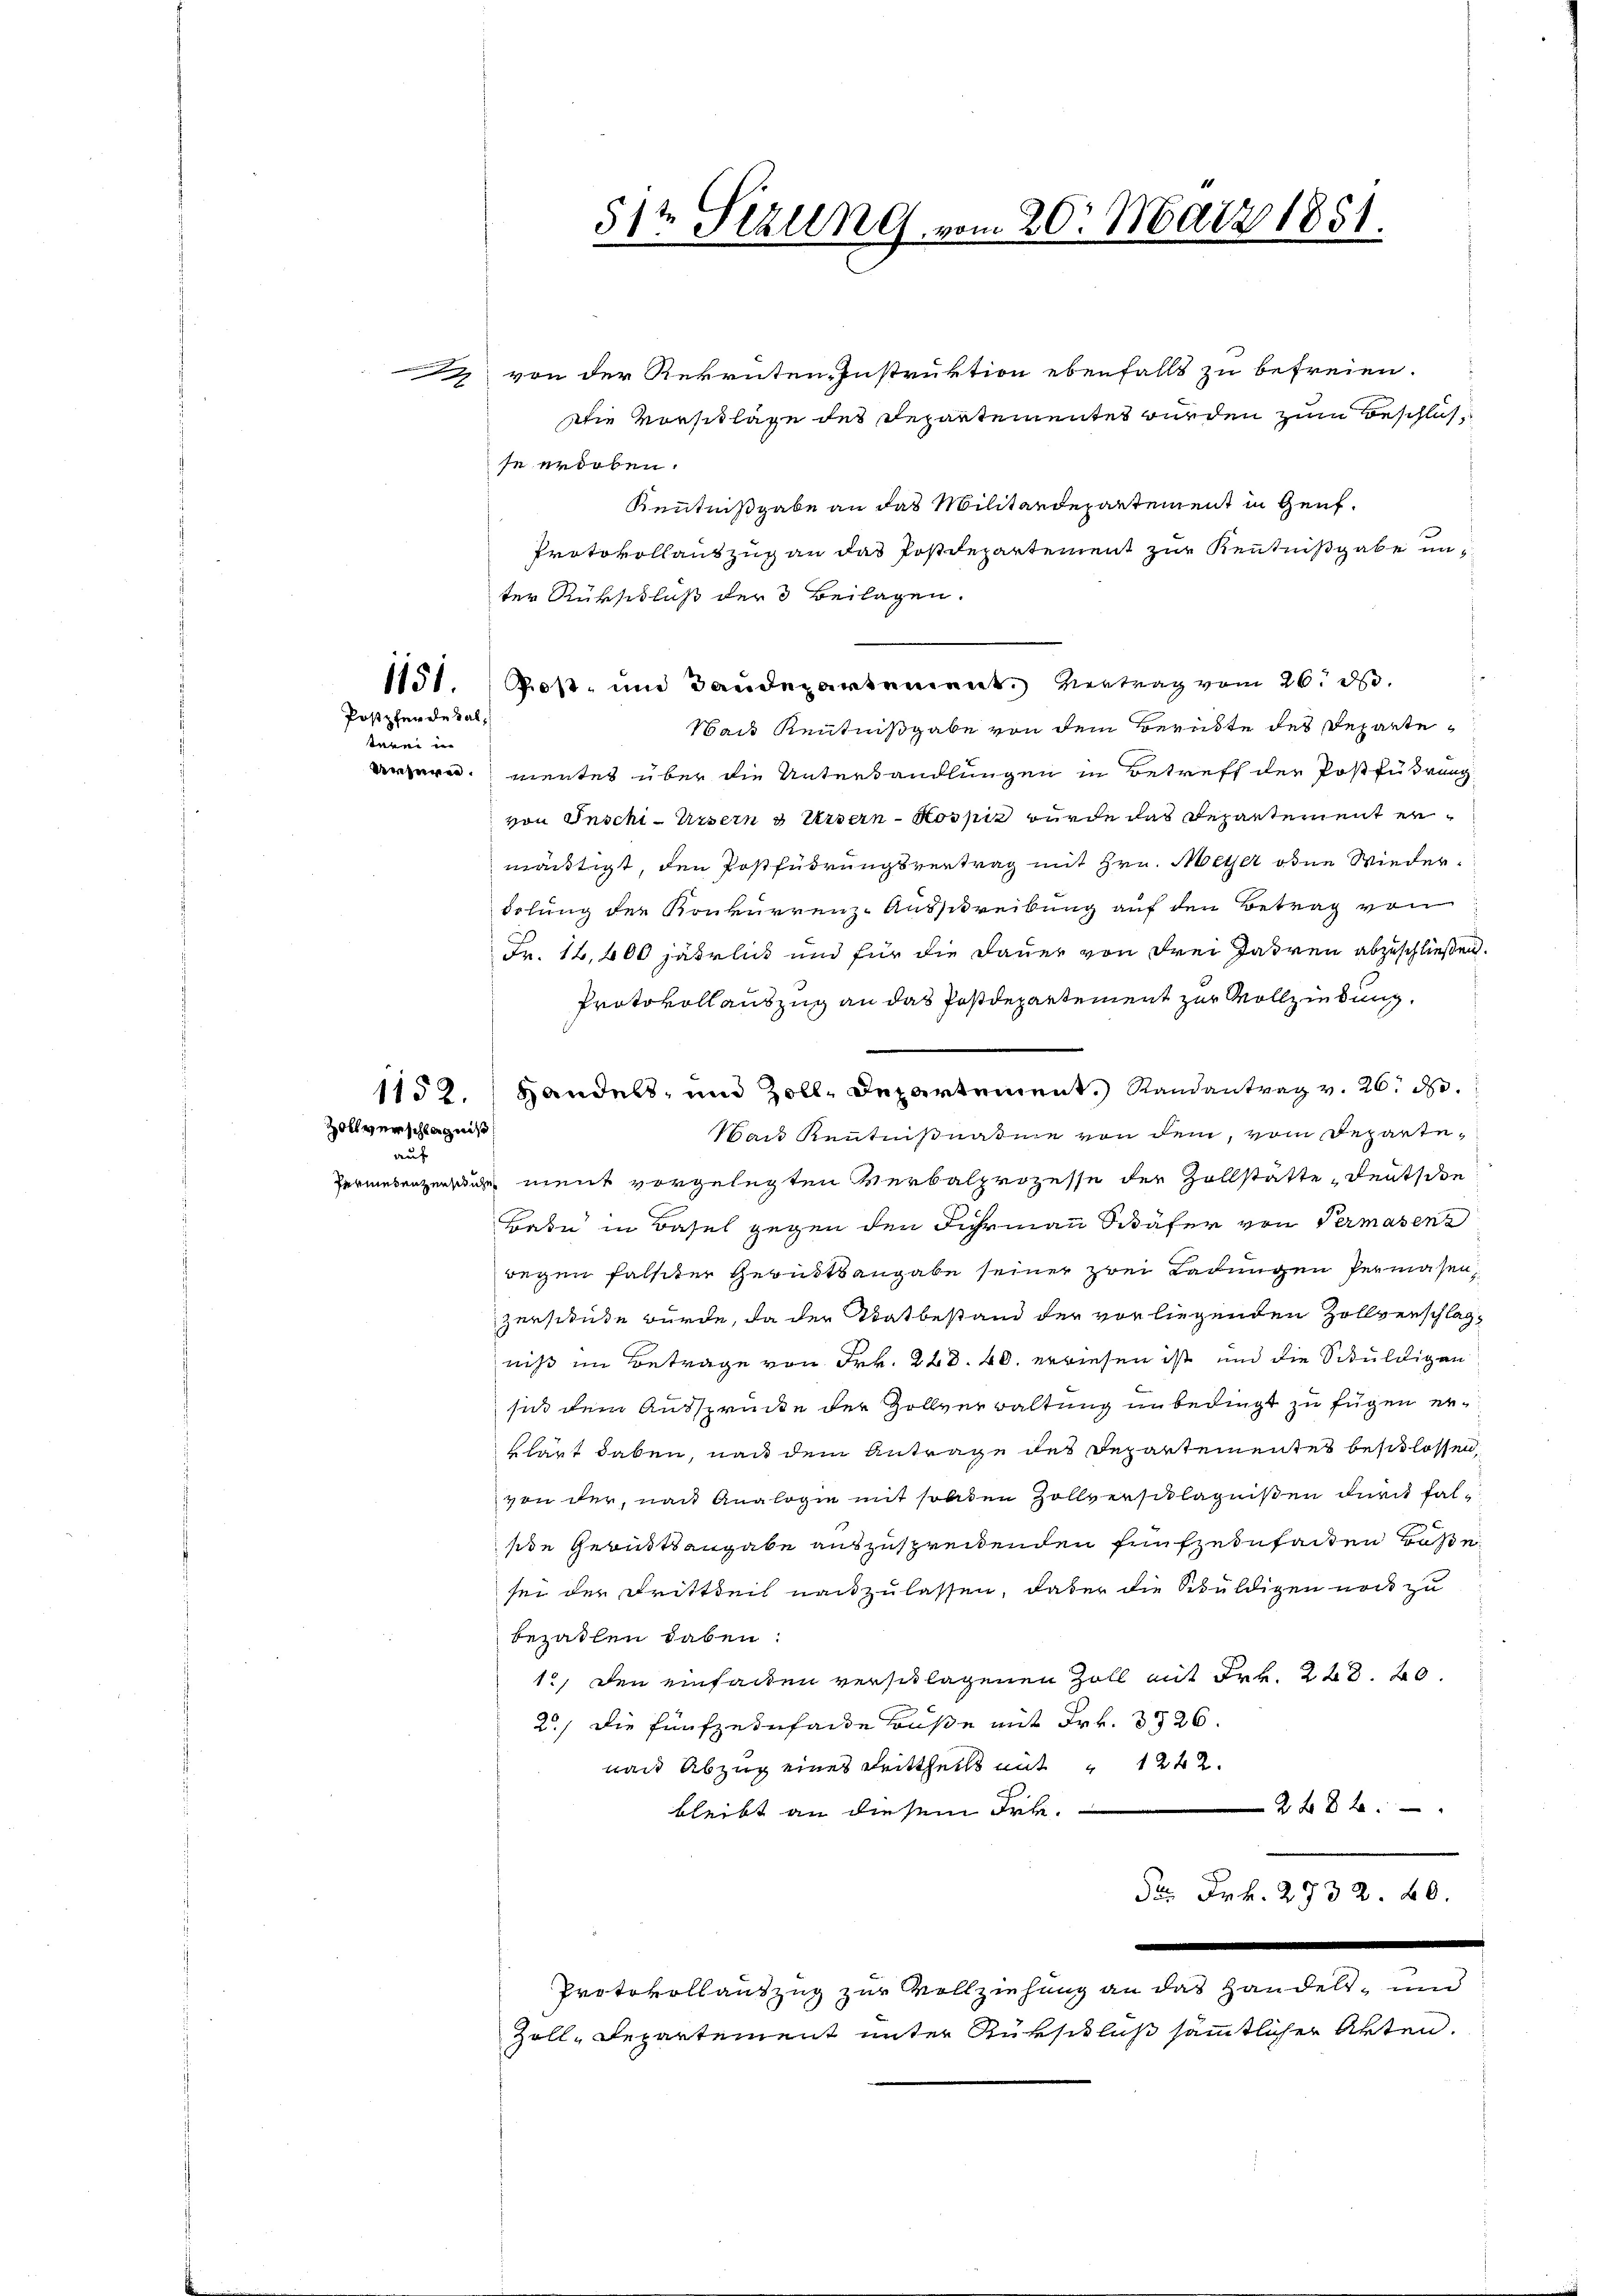
Postpferde sal
wenn in

Zollverschlägnis
auf

von der Rekruten-Instruktion ebenfalls zu befreien.
Die Vorschläge des Departementes wurden zum Beschlusse erdoben.
Kenntnißgabe an das Militärdepartement in Genf.
Protokollauszug an das Postdepartement zur Kenntnißgabe un
ter Rückschluß der 3 Beilagen.
1151. Post- und Baudepartement. Vertrag vom 26. ds.
Waus Kenntnißgabe von dem Berükte des Reparteärzere mentes über die Unterhandlungen in Betreff der Postführung
von Inschi-Ursern & Untern-Hossi wurde das Departement ermächtigt, den Postführungsvertrag mit Hrn. Meter oder Wiederdelung der Konkurrenz-Ausschreibung auf den Betrag von
Fr. 12,400 jährlich und für die Dauer von drei Jahren abzuschließen.
Protokollauszug an das Postdepartement zur Vollziehung.
1152. Handels- und Zoll, Departement.) Randantrag v. 26. d.
Sau Kenntnißnahme von dem, vom Departe¬
Permetenzerrung ment vorgelegten Verbalprozesse der Zollstätte, deutschen
Bate in Basel gegen den Fuhrmann Schäfer von Permasens
wegen falster Gerüstsangabe seiner zwei Ladungen Permassen,
zerschule würde, da der Tatbestand der vorliegenden Zollverschlagniß im Betrage von Frk. 228. 40. erwiesen ist und die Schuldigen
sich dem Aussprücke der Zollverwaltung unbedingt zu fügen erklärt haben, nach dem Antrage des Departementes beschlossen,
von der, nach Analogie mit sollten Zollverschlägnißen durch falside Gerichtsangabe auszusprechenden fünfzehnfaiten Hase
sei der Drittheil nachzulassen, daß er die Schuldigen noch zu
bezahlen haben:
1., den einfachen verschlagenen Zoll mit Frk. 228. 20.
2.) Die fünfzehnfache Buße mit Frk. 326.
nach Abzug eines Drittheils mit 1242.
2x 82.
bleibt an diesem Frk.
For Frk. 2732. 40.

Protokollauszug zur Vollziehung an das Handels- und
Zoll-Departement unter Rükschluß sämmtlicher Akten.

512 Sezung vom 20. März 1851.